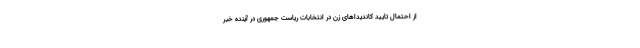
از احتمال تایید کاندیداهای زن در انتخابات ریاست جمهوری در آینده خبر